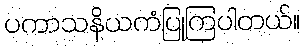
ပကာသနိယကံပြုကြပါတယ်။